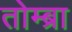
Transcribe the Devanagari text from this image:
तोम्ब्रा